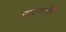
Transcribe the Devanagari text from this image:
राज्यानेही